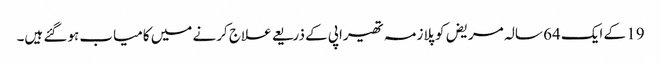
19 کے ایک 64 سالہ مریض کو پلازمہ تھیراپی کے ذریعے علاج کرنے میں کامیاب ہوگئے ہیں۔